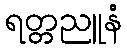
ရတ္တညူနံ